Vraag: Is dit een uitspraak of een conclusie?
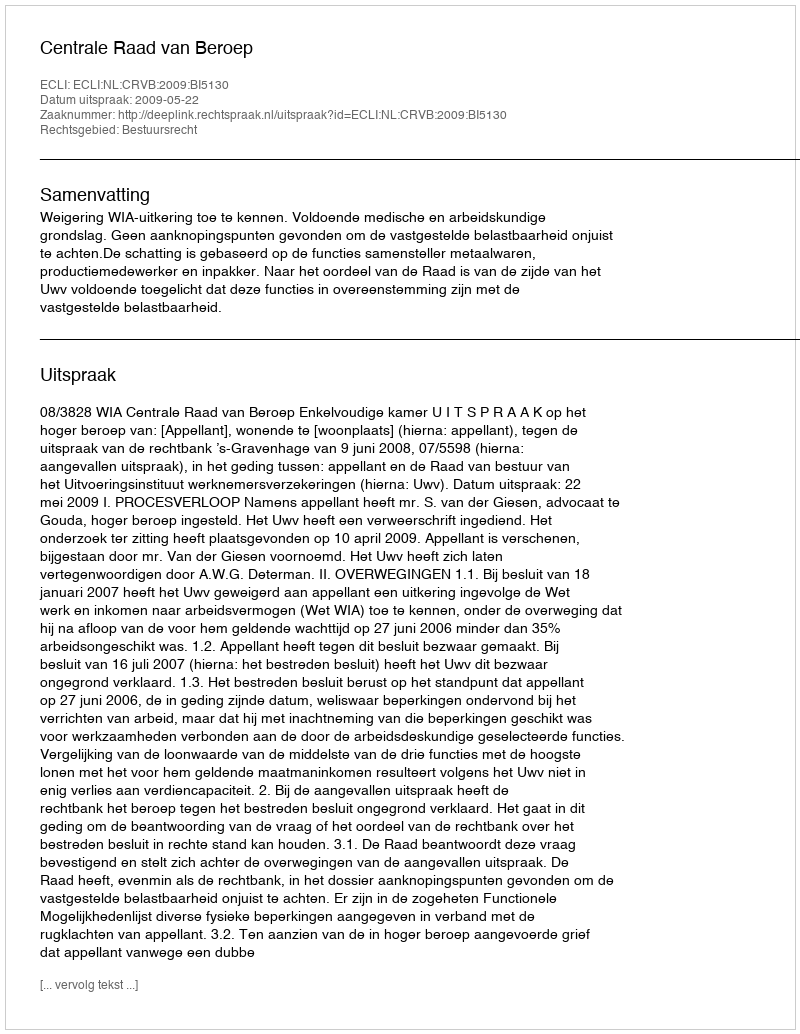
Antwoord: Uitspraak